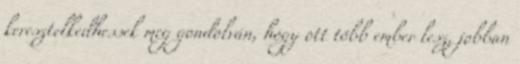
keresztelkedhessek meg gondolván, hogy ott több ember lesz, jobban